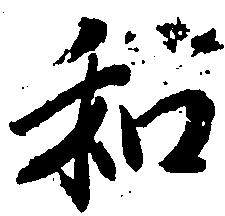
和